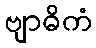
ဗျာဓိကံ